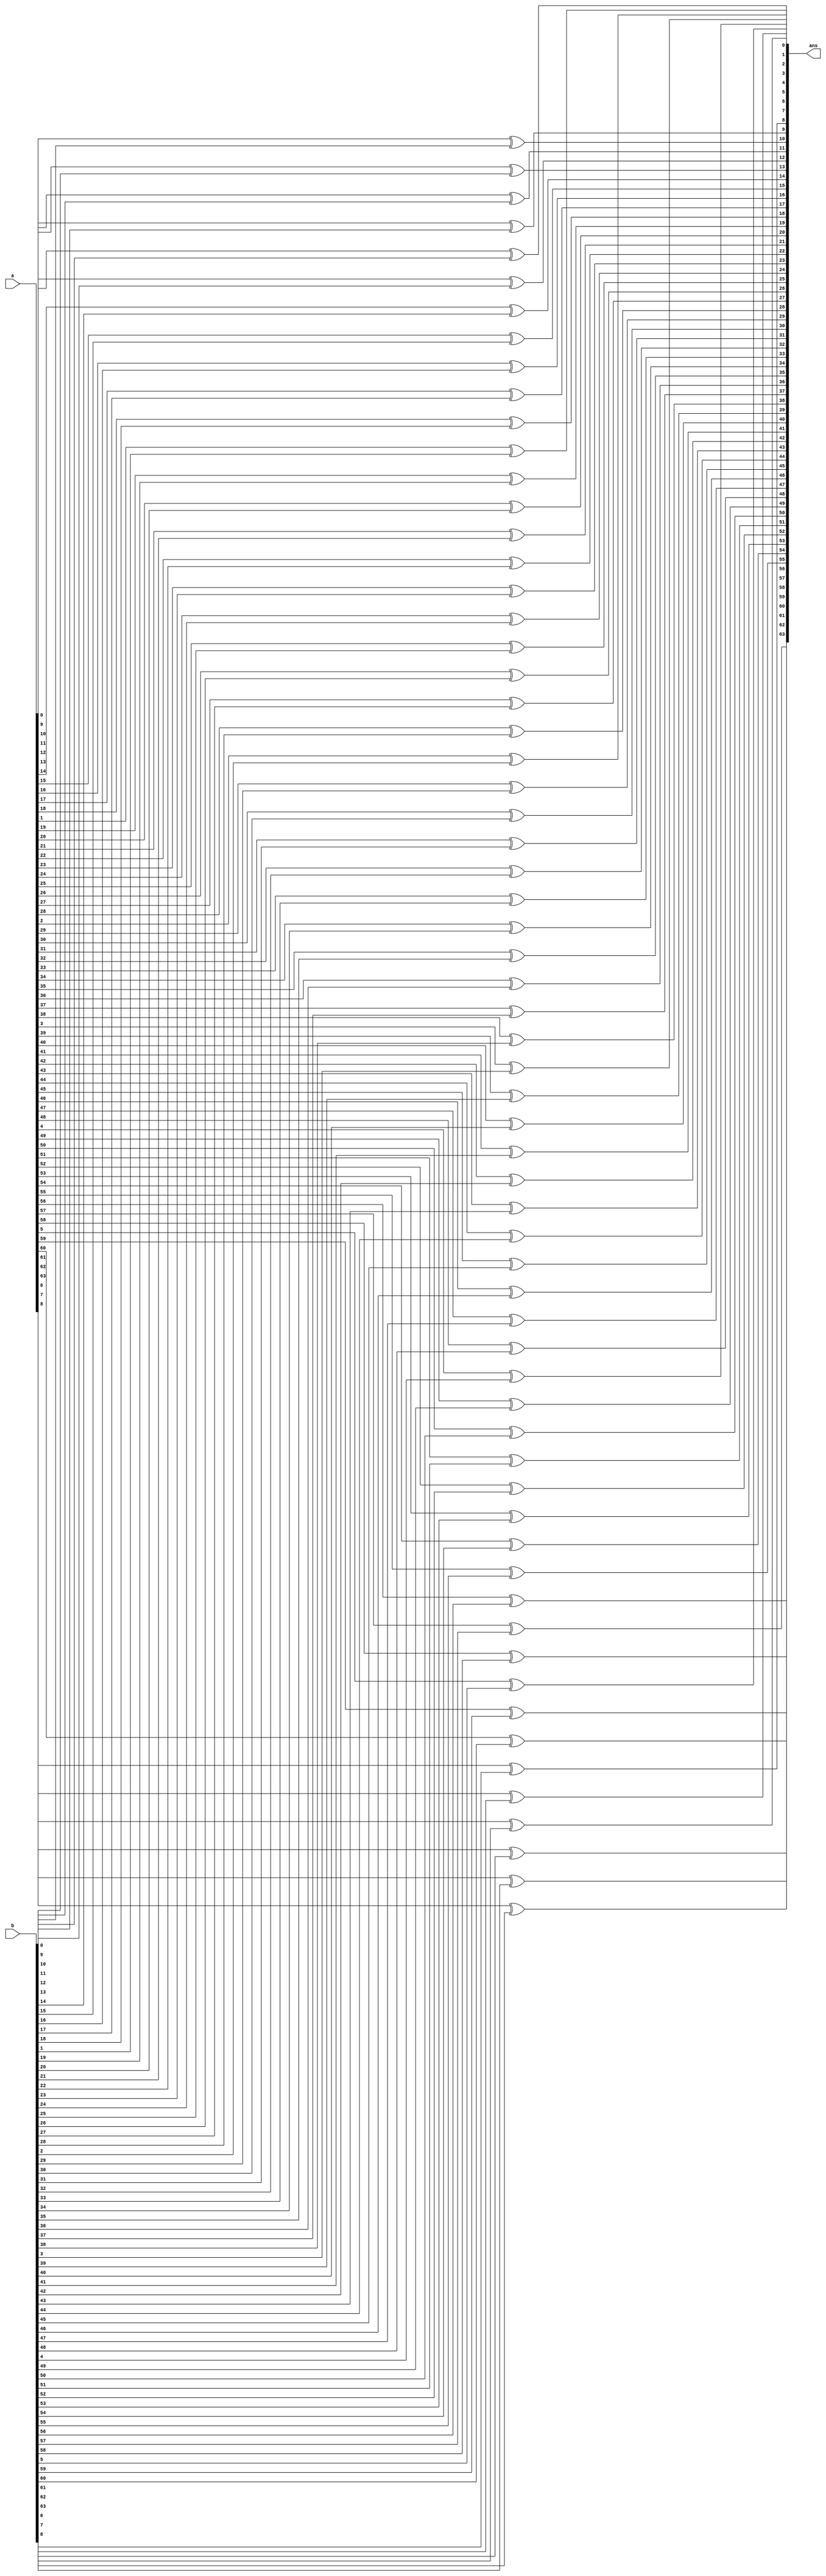
`timescale 10ns/1ns
module xor64(input signed [63:0]a, input signed [63:0]b, output signed [63:0] ans);
    genvar i;
    for(i = 0; i < 64; i=i+1)
    begin
        xor G1(ans[i], a[i], b[i]);
    end
endmodule